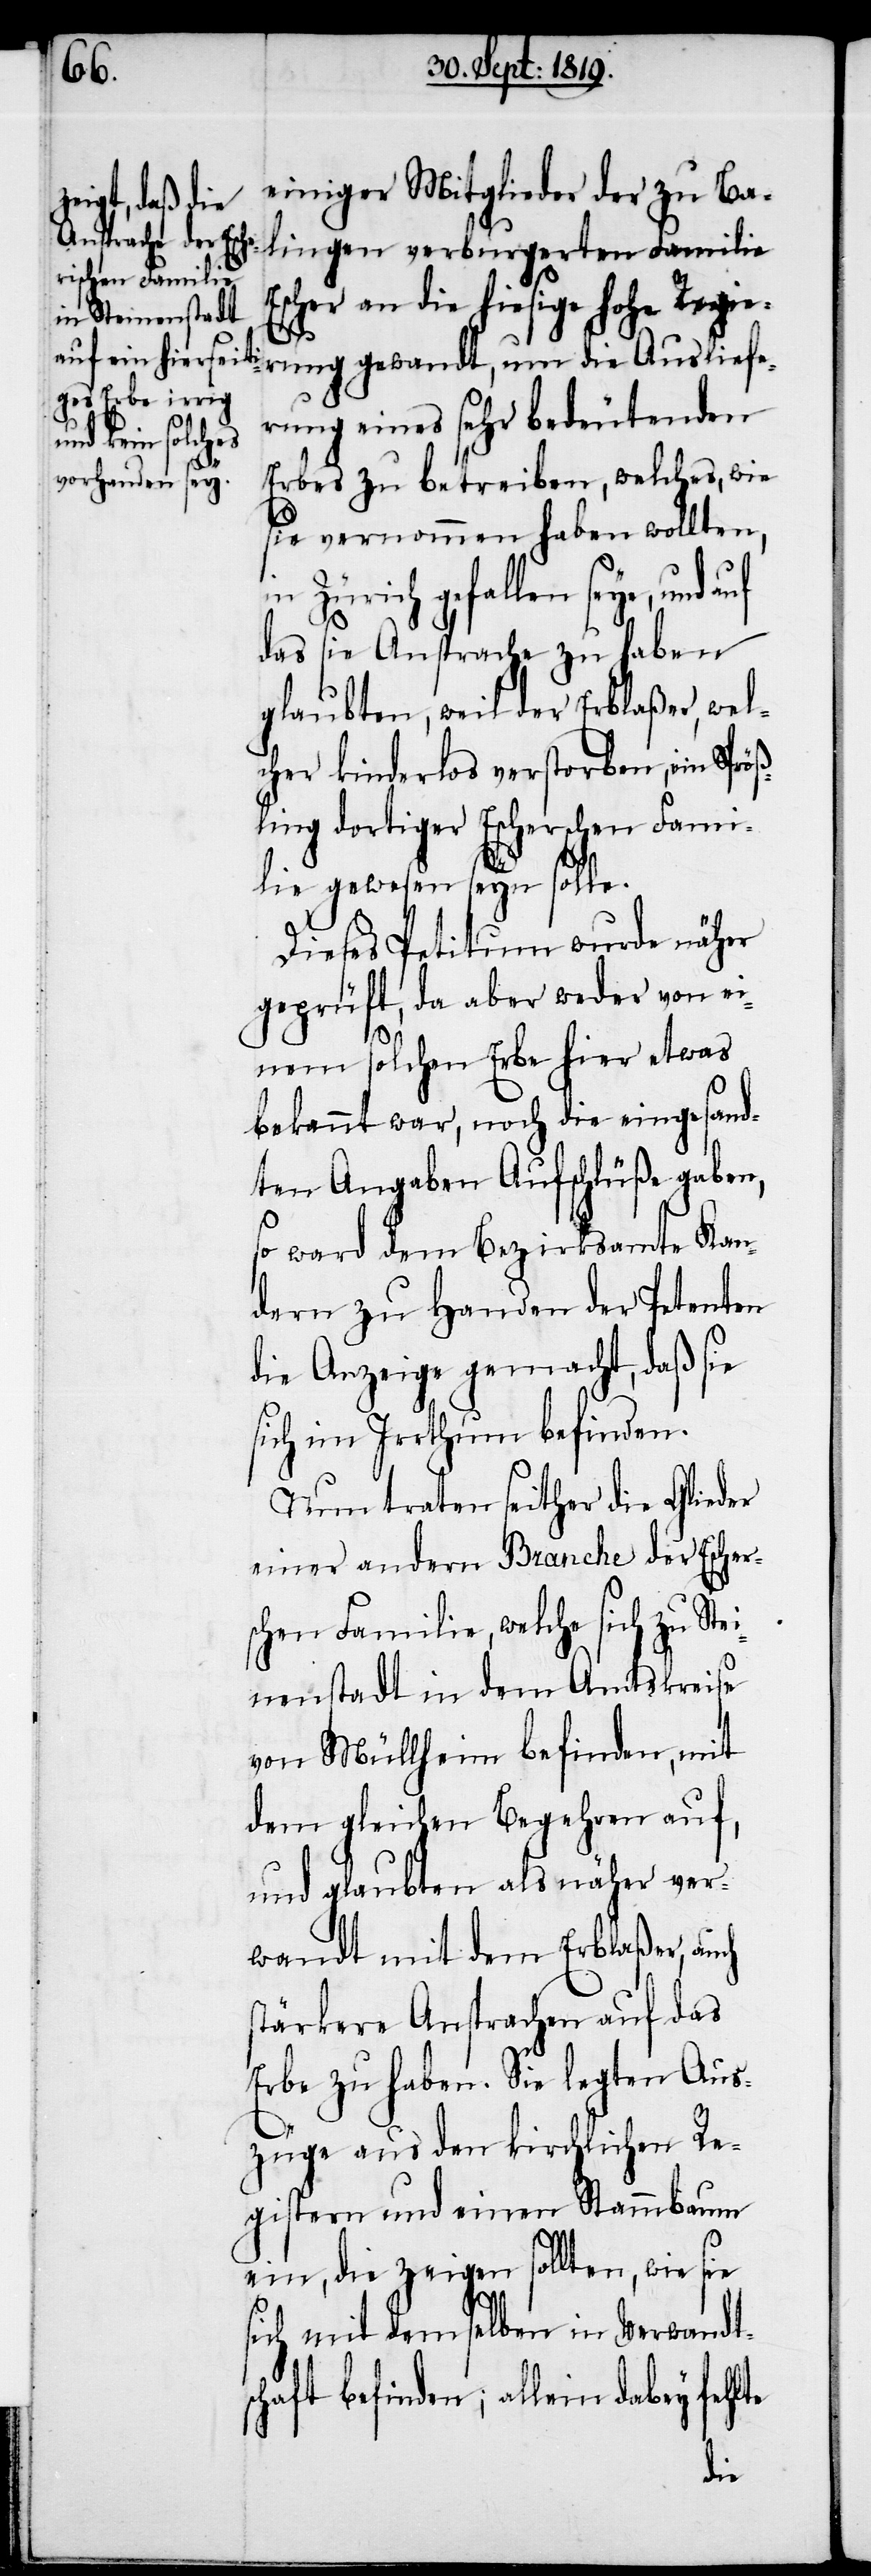
einiger Mitglieder der zu Ba¬
lingen verburgerten Familie
Escher an die hiesige hohe Regie¬
rung gewandt, um die Ausliefe¬
rung eines sehr bedeutenden
Erbes zu betreiben, welches, wie
sie vernommen haben wollten,
Zürich gefallen seye, und
das sie Ansprache zu haben
glaubten, weil der Erblaßer, wel¬
cher kinderlos verstorben, ein Spröß¬
ling dortiger Escherschen Fami¬
lie gewesen seyn solle.
Dieses Petitum wurde näher
geprüft, da aber weder von ei¬
nem solchen Erbe hier etwas
bekannt war, noch die eingesand¬
ten Angaben Aufschlüße gaben,
so ward dem Bezirksamte Kan¬
dern zu Handen der Petenten
die Anzeige gemacht, daß sie
sich im Irrthum befinden.
Nun traten seither die Glieder
einer andern Branche der Escher¬
schen Familie, welche sich zu Ste¬
inenstadt in dem Amtskreise
von Müllheim befinden, mit
dem gleichen Begehren auf,
und glaubten als näher ver¬
wandt mit dem Erblaßer,
stärkere Ansprachen auf das
Erbe zu haben. Sie legten Aus¬
züge aus den kirchlichen Re¬
gistern und einen Stammbaum
ein, die zeigen sollten, wie sie
sich mit dem selben in Verwandts¬
chaft befinden; allein dabey fehlte